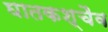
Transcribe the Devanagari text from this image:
घातकश्चैव